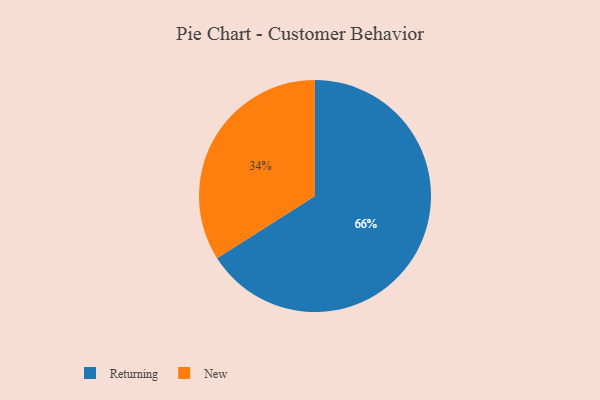
{"axis": {"x": "Category", "y": "Percentage"}, "legend": ["New", "Returning"], "data": [{"x": "Returning", "y": 66, "type": "Returning"}, {"x": "New", "y": 34, "type": "New"}]}